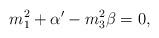
LaTeX: \begin{align*}m_1^2 + \alpha^\prime - m_3^2 \beta = 0,\end{align*}